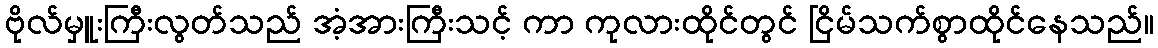
ဗိုလ်မှူးကြီးလွတ်သည် အံ့အားကြီးသင့် ကာ ကုလားထိုင်တွင် ငြိမ်သက်စွာထိုင်နေသည်။